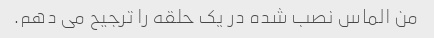
من الماس نصب شده در یک حلقه را ترجیح می دهم.